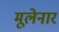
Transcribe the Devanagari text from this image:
मूलेनार